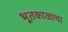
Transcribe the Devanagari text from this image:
भूतकाळाचा